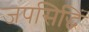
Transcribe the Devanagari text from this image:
जपसिद्धिं